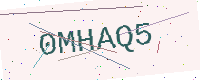
Text: 0MHAQ5